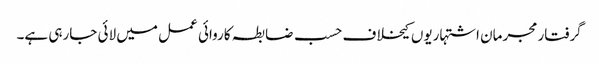
گرفتار مجرمان اشتہاریوں کیخلاف حسب ضابطہ کاروائی عمل میں لائی جارہی ہے۔